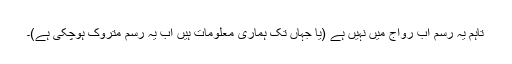
تاہم یہ رسم اب رواج میں نہیں ہے (یا جہاں تک ہماری معلومات ہیں اب یہ رسم متروک ہوچکی ہے)۔